Insane asylums in Bengal annual reports 1876-1887 - 1876-1887
Year: 1876
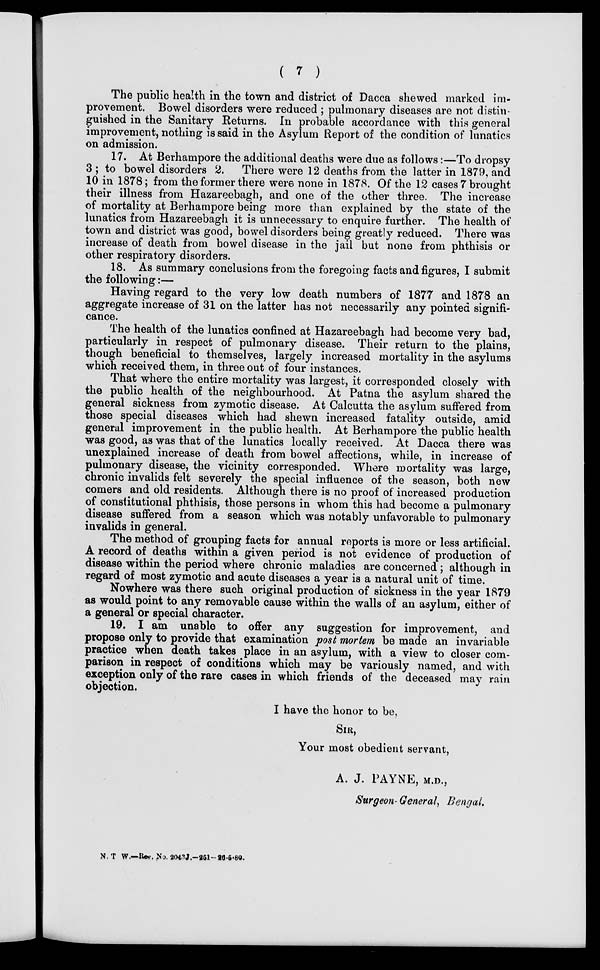
( 7 )
The public health in the town and district of Dacca shewed marked im-
provement. Bowel disorders were reduced ; pulmonary diseases are not distin-
guished in the Sanitary Returns. In probable accordance with this general
improvement, nothing is said in the Asylum Report of the condition of lunatics
on admission.
17. At Berhampore the additional deaths were due as follows:—To dropsy
3 ; to bowel disorders 2. There were 12 deaths from the latter in 1879, and
10 in 1878; from the former there were none in 1878. Of the 12 cases 7 brought
their illness from Hazareebagh, and one of the other three. The increase
of mortality at Berhampore being more than explained by the state of the
lunatics from Hazareebagh it is unnecessary to enquire further. The health of
town and district was good, bowel disorders being greatly reduced. There was
increase of death from bowel disease in the jail but none from phthisis or
other respiratory disorders.
18. As summary conclusions from the foregoing facts and figures, I submit
the following:—
Having regard to the very low death numbers of 1877 and 1878 an
aggregate increase of 31 on the latter has not necessarily any pointed signifi-
cance.
The health of the lunatics confined at Hazareebagh had become very bad,
particularly in respect of pulmonary disease. Their return to the plains,
though beneficial to themselves, largely increased mortality in the asylums
which received them, in three out of four instances.
That where the entire mortality was largest, it corresponded closely with
the public health of the neighbourhood. At Patna the asylum shared the
general sickness from zymotic disease. At Calcutta the asylum suffered from
those special diseases which had shewn increased fatality outside, amid
general improvement in the public health. At Berhampore the public health
was good, as was that of the lunatics locally received. At Dacca there was
unexplained increase of death from bowel affections, while, in increase of
pulmonary disease, the vicinity corresponded. Where mortality was large,
chronic invalids felt severely the special influence of the season, both new
comers and old residents. Although there is no proof of increased production
of constitutional phthisis, those persons in whom this had become a pulmonary
disease suffered from a season which was notably unfavorable to pulmonary
invalids in general.
The method of grouping facts for annual reports is more or less artificial.
A record of deaths within a given period is not evidence of production of
disease within the period where chronic maladies are concerned ; although in
regard of most zymotic and acute diseases a year is a natural unit of time.
Nowhere was there such original production of sickness in the year 1879
as would point to any removable cause within the walls of an asylum, either of
a general or special character.
19. I am unable to offer any suggestion for improvement, and
propose only to provide that examination post mortem be made an invariable
practice when death takes place in an asylum, with a view to closer com-
parison in respect of conditions which may be variously named, and with
exception only of the rare cases in which friends of the deceased may rain
objection.
I have the honor to be,
SIR,
Your most obedient servant,
A. J. PAYNE, M.D.,
Surgeon- General, Bengal.
N. T W.—Res. No. 2043J.—251—26-5-80.